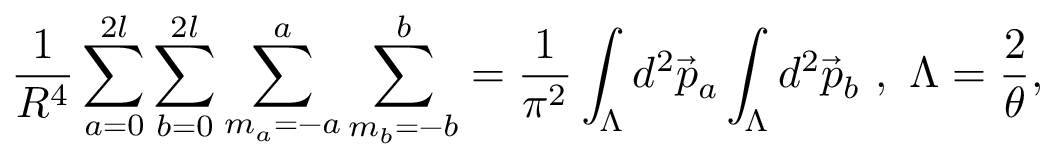
\frac { 1 } { R ^ { 4 } } \sum _ { a = 0 } ^ { 2 l } \sum _ { b = 0 } ^ { 2 l } \sum _ { m _ { a } = - a } ^ { a } \sum _ { m _ { b } = - b } ^ { b } = \frac { 1 } { { \pi } ^ { 2 } } \int _ { \Lambda } d ^ { 2 } \vec { p } _ { a } \int _ { \Lambda } d ^ { 2 } \vec { p } _ { b } ~ , ~ { \Lambda } = \frac { 2 } { \theta } ,